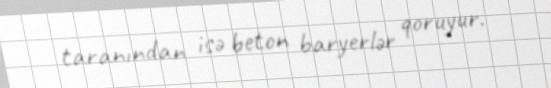
taranından isə beton baryerlər qoruyur.